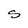
Character: S